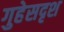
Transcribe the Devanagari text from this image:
गुहेसदृश